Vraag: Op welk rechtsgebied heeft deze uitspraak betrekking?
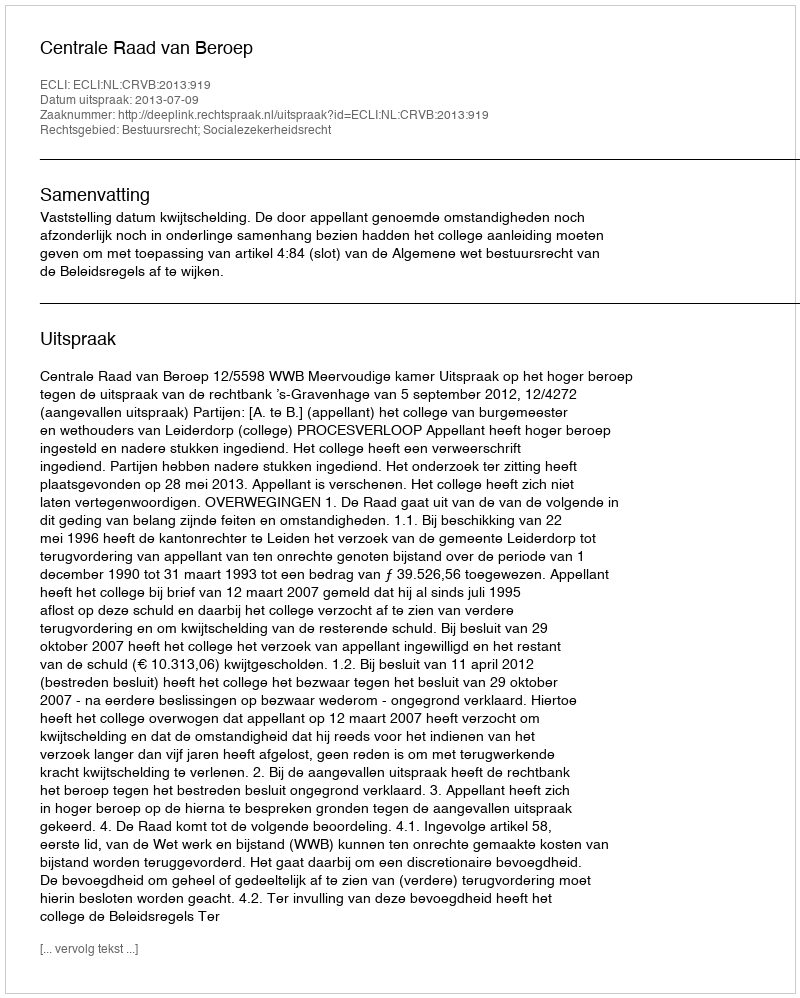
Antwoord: Bestuursrecht; Socialezekerheidsrecht